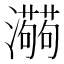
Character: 𱪑